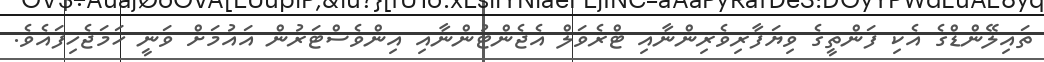
ތައިލޭންޑްގެ އެކި ފަންތީގެ ވިޔަފާރިވެރިންނާއި ޓްރެވަލް އެޖެންޓުންނާއި އިންވެސްޓަރުން އައުމަށް ވަނީ ހަމަޖެހިފައެވެ.